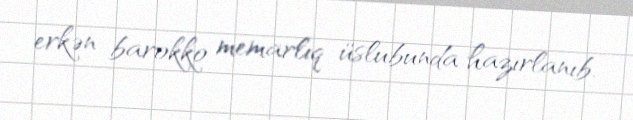
erkən barokko memarlıq üslubunda hazırlanıb.